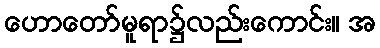
ဟောတော်မူရာ၌လည်းကောင်း။ အ